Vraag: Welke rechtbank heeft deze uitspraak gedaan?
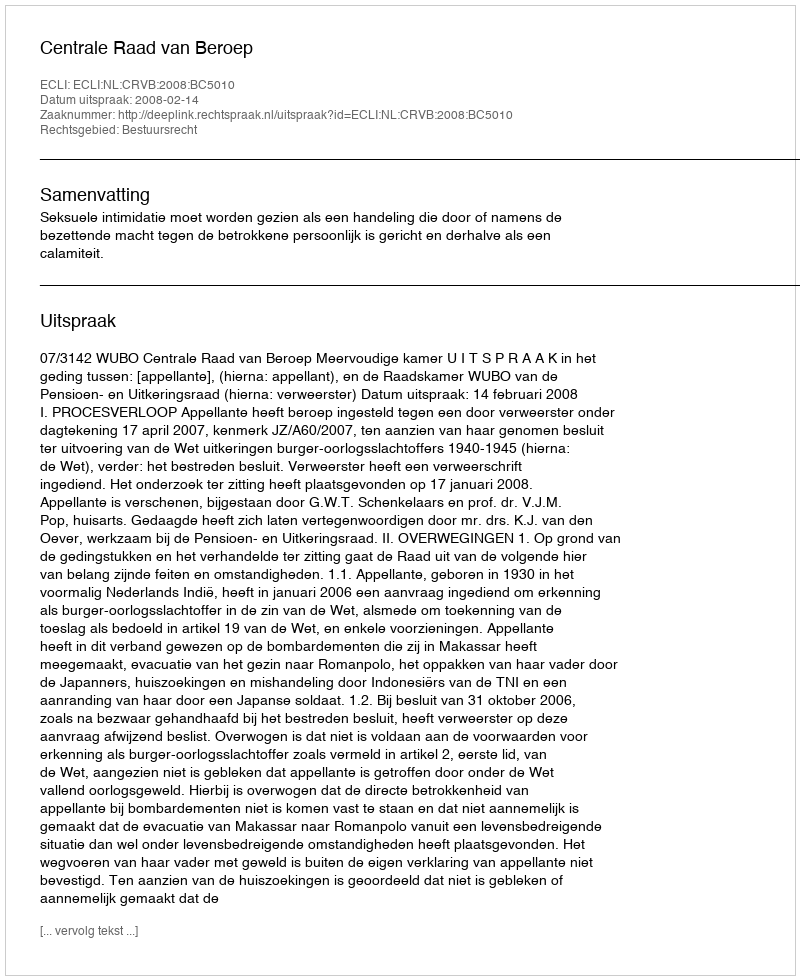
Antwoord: Centrale Raad van Beroep